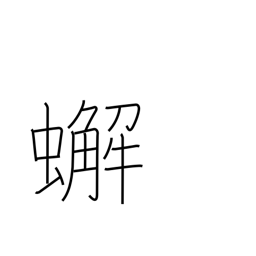
Meaning: crab